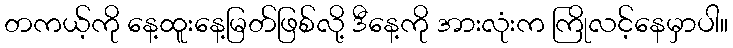
တကယ့်ကို နေ့ထူးနေ့မြတ်ဖြစ်လို့ ဒီနေ့ကို အားလုံးက ကြိုလင့်နေမှာပါ။